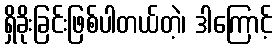
ရှိခိုးခြင်းဖြစ်ပါတယ်တဲ့၊ ဒါကြောင့်